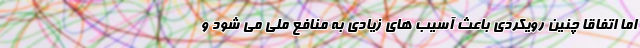
اما اتفاقا چنین رویکردی باعث آسیب های زیادی به منافع ملی می شود و